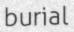
burial